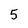
Character: 5